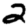
Digit: 2